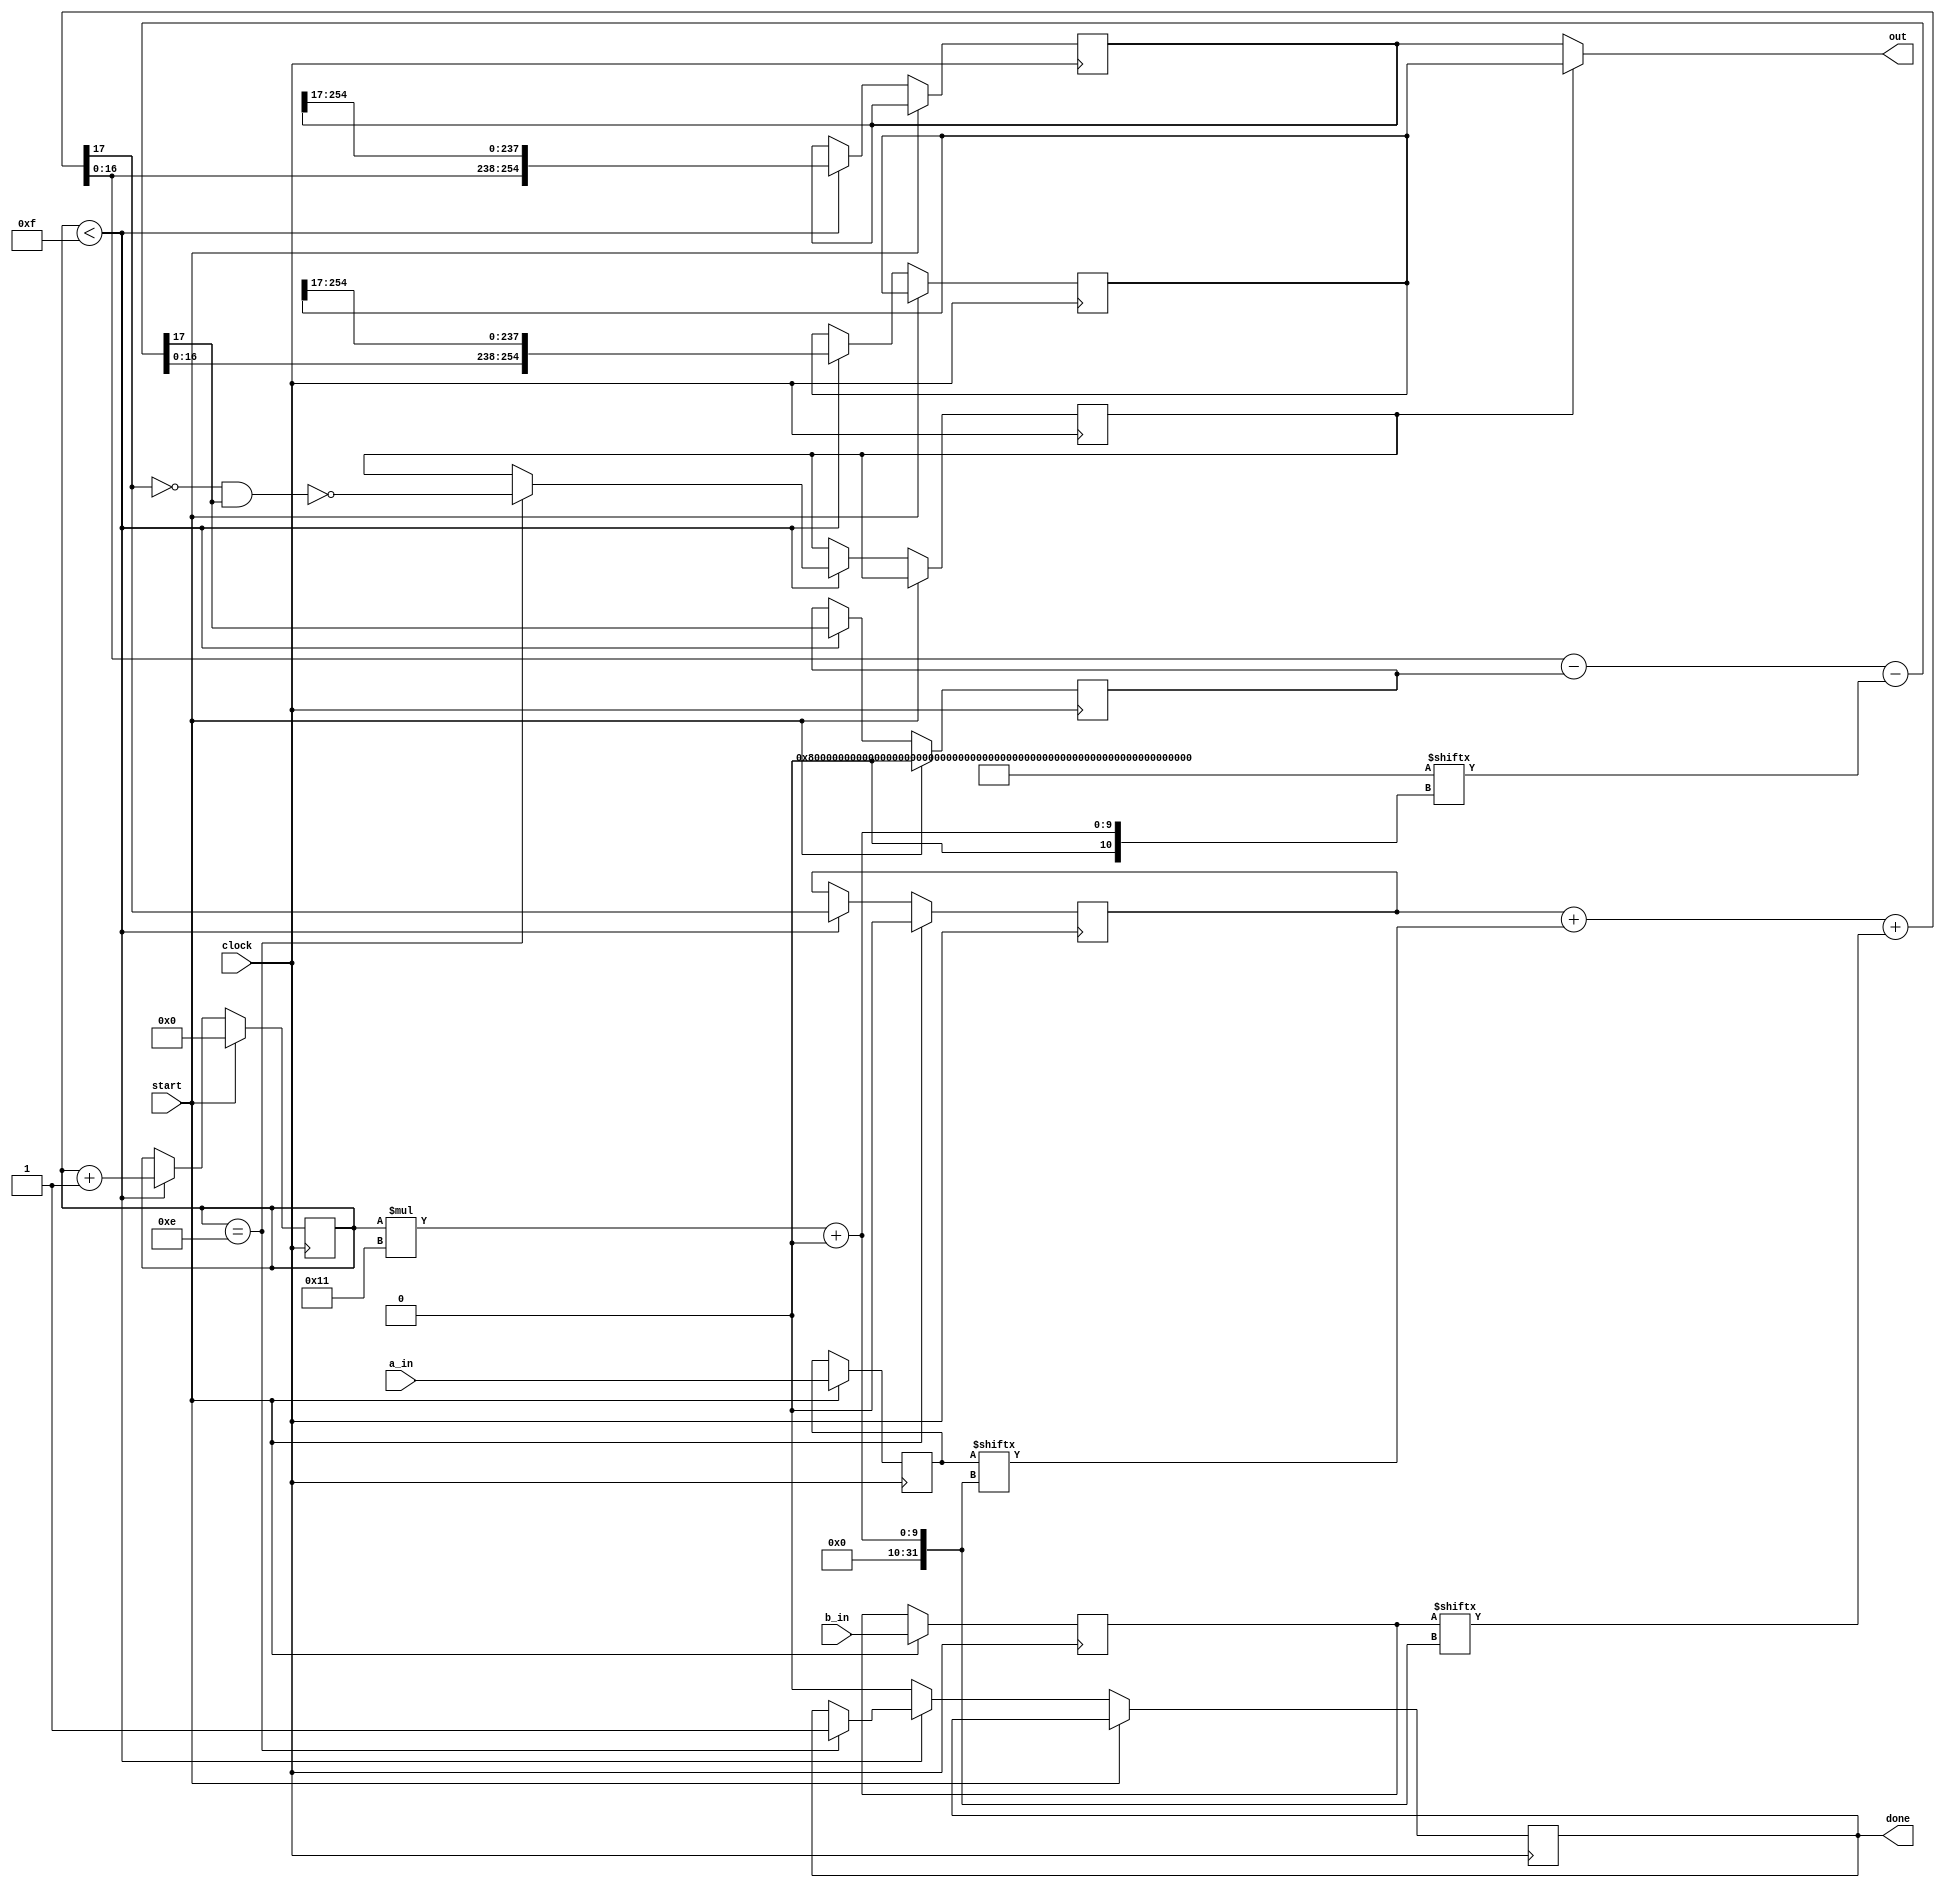
`default_nettype none

module feadd(input wire clock, start,
             input wire [254:0] a_in, b_in,
             output reg done = 0,
             output wire [254:0] out);
    parameter W = 17; // hardware multiplier input word size
    parameter N = 15; // number of words used to represent one field element
    parameter C = 19; // pseudo-Mersenne coefficient
    parameter P = (255'b1<<(N*W)) - C; // 2^255 - 19
    parameter LOGC = 4;
    parameter LOGN = 4;

    reg [254:0] a = 0;
    reg [254:0] b = 0;
    reg [LOGN-1:0] i = N;
    reg [254:0] out_, outP;
    reg wrapP = 0;
    reg carry = 0, carryP = 0;

    wire [W:0] partial  = carry + a[i*W +: W] + b[i*W +: W];
    wire [W:0] partialP = partial[W-1:0] - carryP - P[i*W +: W];

    always @ (posedge clock) begin
        if (start) begin
            i <= 0;
            {carry, carryP} <= 0;
            a <= a_in;
            b <= b_in;
        end else if (i < N) begin
            i <= i + 1;
            carry <= partial[W];
            carryP <= partialP[W];
            out_ <= {partial [W-1:0], out_[254:W]};
            outP <= {partialP[W-1:0], outP[254:W]};
            if (i == N-1) done <= 1;
            // reduce when possible: we only want to use the non-reduced result
            // if the reduction overflowed and the main operation did not.
            if (i == N-1) wrapP <= !(!partial[W] && partialP[W]);
        end else if (done) done <= 0;
    end
    assign out = wrapP ? outP : out_;
endmodule